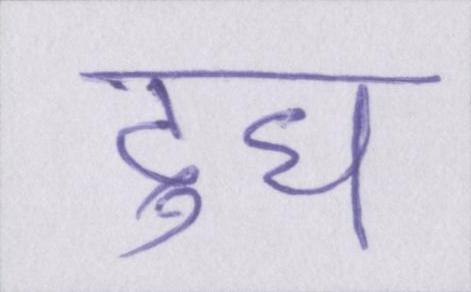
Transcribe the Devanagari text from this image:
दुध